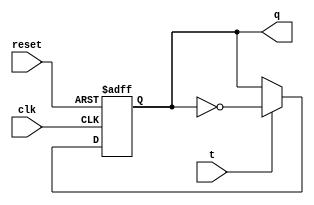
`timescale 1ns / 1ps
//////////////////////////////////////////////////////////////////////////////////
// Company: 
// Engineer: 
// 
// Design Name: 
// Module Name: T_FLIPFLOP_ASY
// Project Name: 
// Target Devices: 
// Tool Versions: 
// Description: 
// 
// Dependencies: 
// 
// Revision:
// Revision 0.01 - File Created
// Additional Comments:
// 
//////////////////////////////////////////////////////////////////////////////////


module T_FLIPFLOP_ASY(input clk, input reset,input t, output reg q );

always@(posedge clk or posedge reset)begin
if(reset)
    q <=1'b0;
 else if(t==1)
    q <= ~q;
end
endmodule